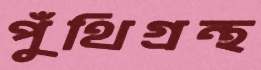
পুঁথিগ্রন্থ